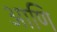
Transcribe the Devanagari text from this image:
आणि